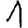
Digit: 1